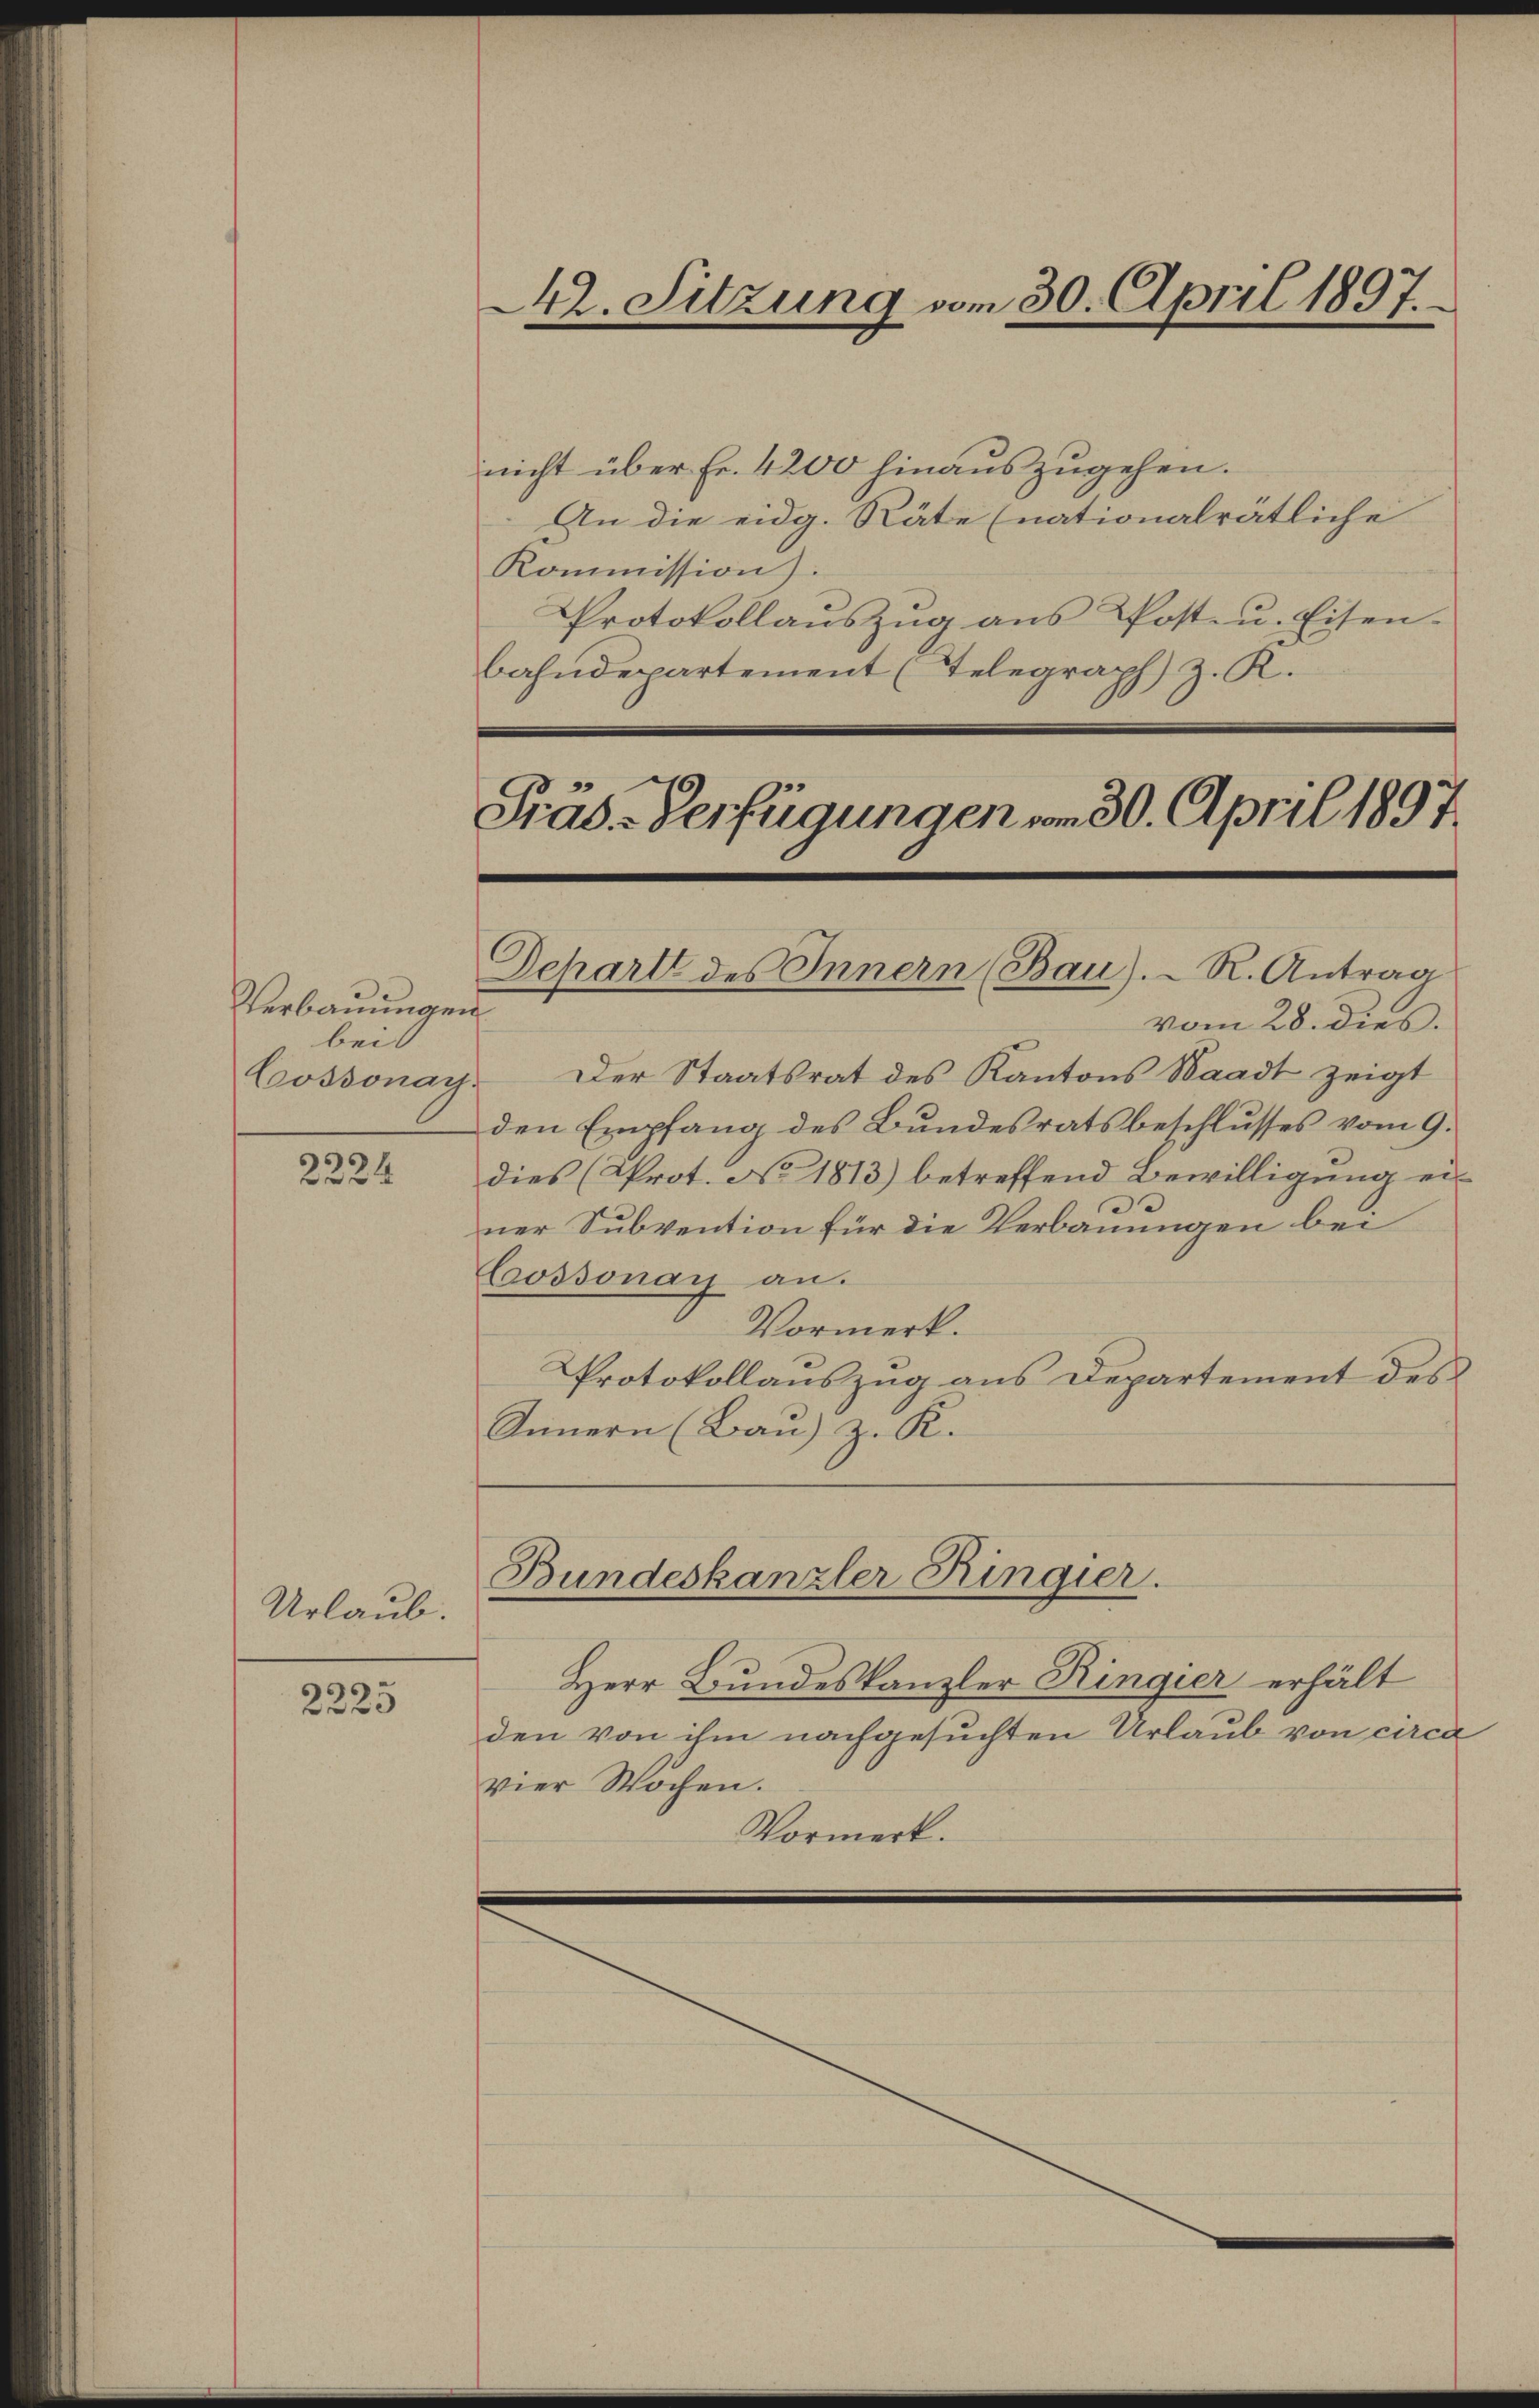
Verbauungen
bei
Cossonay

s
22 x

Urlaub.

2223

42. Sitzung vom 30. April 1897.

nicht über Fr. 4200 hinauszugehen.
An die eidg. Räte (nationalrätliche
Kommission).
Protokollauszug aus Post- u. Eisen-
bahndepartement (Telegraph) z. R.
Präs-Verfügungen vom 30. April 1897.

Schartt des Innern (Bau).- R. Antrag

vom 28. dies.
Der Staatsrat des Kantons Waadt zeigt
den Empfang des Bundesratsbeschlusses vom 9.
dies (Prot. No 1813) betreffend Bewilligung eid
ner Subvention für die Verbauungen bei
Cossonay an.
Vormerk.
Protokollauszug aus Departement des
Innern (Bau) z. K.
Bundeskanzler Ringier.
Herr Bundeskanzler Ringier erhält
den von ihm nachgesuchten Urlaub von circa
vier Wochen.
Vormerk.